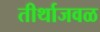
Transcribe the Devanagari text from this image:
तीर्थाजवळ